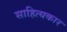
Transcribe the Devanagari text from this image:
साहित्‍यकार